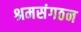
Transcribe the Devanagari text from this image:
श्रमसंगठन